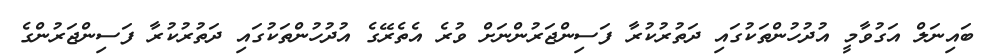
ބައިނަލް އަގުވާމީ އުދުހުންތަކުގައި ދަތުރުކުރާ ފަސިންޖަރުންނަށް ވުރެ އެތެރޭގެ އުދުހުންތަކުގައި ދަތުރުކުރާ ފަސިންޖަރުންގެ